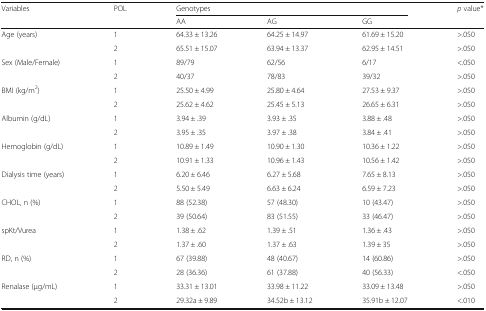
<table><thead><tr><td rowspan="2"><b>Variables</b></td><td rowspan="2"><b>POL</b></td><td colspan="3"><b>Genotypes</b></td><td rowspan="2"><b><i>p</i> value*</b></td></tr><tr><td><b>AA</b></td><td><b>AG</b></td><td><b>GG</b></td></tr></thead><tbody><tr><td rowspan="2">Age (years)</td><td>1</td><td>64.33 ± 13.26</td><td>64.25 ± 14.97</td><td>61.69 ± 15.20</td><td>&gt;.050</td></tr><tr><td>2</td><td>65.51 ± 15.07</td><td>63.94 ± 13.37</td><td>62.95 ± 14.51</td><td>&gt;.050</td></tr><tr><td rowspan="2">Sex (Male/Female)</td><td>1</td><td>89/79</td><td>62/56</td><td>6/17</td><td>&lt;.050</td></tr><tr><td>2</td><td>40/37</td><td>78/83</td><td>39/32</td><td>&gt;.050</td></tr><tr><td rowspan="2">BMI (kg/m<sup>2</sup>)</td><td>1</td><td>25.50 ± 4.99</td><td>25.80 ± 4.64</td><td>27.53 ± 9.37</td><td>&gt;.050</td></tr><tr><td>2</td><td>25.62 ± 4.62</td><td>25.45 ± 5.13</td><td>26.65 ± 6.31</td><td>&gt;.050</td></tr><tr><td rowspan="2">Albumin (g/dL)</td><td>1</td><td>3.94 ± .39</td><td>3.93 ± .35</td><td>3.88 ± .48</td><td>&gt;.050</td></tr><tr><td>2</td><td>3.95 ± .35</td><td>3.97 ± .38</td><td>3.84 ± .41</td><td>&gt;.050</td></tr><tr><td rowspan="2">Hemoglobin (g/dL)</td><td>1</td><td>10.89 ± 1.49</td><td>10.90 ± 1.30</td><td>10.36 ± 1.22</td><td>&gt;.050</td></tr><tr><td>2</td><td>10.91 ± 1.33</td><td>10.96 ± 1.43</td><td>10.56 ± 1.42</td><td>&gt;.050</td></tr><tr><td rowspan="2">Dialysis time (years)</td><td>1</td><td>6.20 ± 6.46</td><td>6.27 ± 5.68</td><td>7.65 ± 8.13</td><td>&gt;.050</td></tr><tr><td>2</td><td>5.50 ± 5.49</td><td>6.63 ± 6.24</td><td>6.59 ± 7.23</td><td>&gt;.050</td></tr><tr><td rowspan="2">CHOL, n (%)</td><td>1</td><td>88 (52.38)</td><td>57 (48.30)</td><td>10 (43.47)</td><td>&gt;.050</td></tr><tr><td>2</td><td>39 (50.64)</td><td>83 (51.55)</td><td>33 (46.47)</td><td>&gt;.050</td></tr><tr><td rowspan="2">spKt/Vurea</td><td>1</td><td>1.38 ± .62</td><td>1.39 ± .51</td><td>1.36 ± .43</td><td>&gt;.050</td></tr><tr><td>2</td><td>1.37 ± .60</td><td>1.37 ± .63</td><td>1.39 ± 35</td><td>&gt;.050</td></tr><tr><td rowspan="2">RD, n (%)</td><td>1</td><td>67 (39.88)</td><td>48 (40.67)</td><td>14 (60.86)</td><td>&gt;.050</td></tr><tr><td>2</td><td>28 (36.36)</td><td>61 (37.88)</td><td>40 (56.33)</td><td>&lt;.050</td></tr><tr><td rowspan="2">Renalase (μg/mL)</td><td>1</td><td>33.31 ± 13.01</td><td>33.98 ± 11.22</td><td>33.09 ± 13.48</td><td>&gt;.050</td></tr><tr><td>2</td><td>29.32a ± 9.89</td><td>34.52b ± 13.12</td><td>35.91b ± 12.07</td><td>&lt;.010</td></tr></tbody></table>